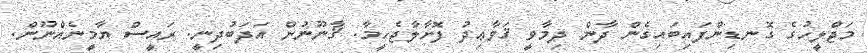
މަޖްލީހުގެ ގޮނޑިންފައިބައިގެން ދާން ދިމާވީ ޤަވާޢިދު ފޮށާލާޖެހީމާ. ޤާނޫނުން އަދަބުދިނީ. ރައީސް ޔާމީނެއްނޫން.